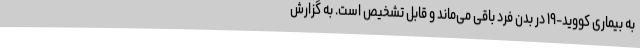
به بیماری کووید-۱۹ در بدن فرد باقی می‌ماند و قابل تشخیص است. به گزارش